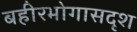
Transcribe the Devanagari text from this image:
बहीरभोगासदृश